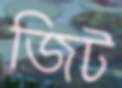
জিট